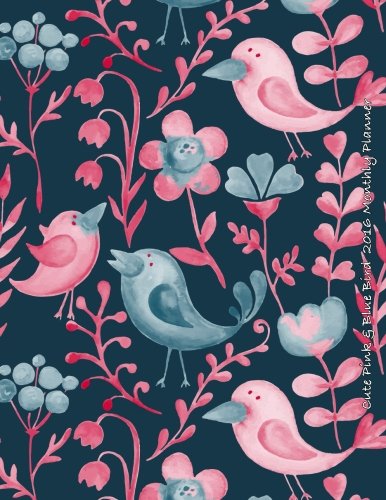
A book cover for Cute Pink & Blue Bird 2016 Monthly Planner; Laura's Cute Planners; Business & Money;